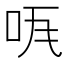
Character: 𠱏